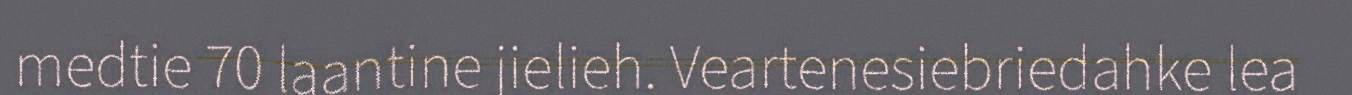
medtie 70 laantine jielieh. Veartenesiebriedahke lea